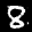
Label: 8